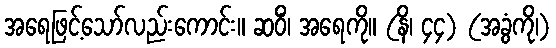
အရေဖြင့်သော်လည်းကောင်း။ ဆဝိံ၊ အရေကို။ (နိ၊ ၄၄) (အခွံကို၊)